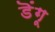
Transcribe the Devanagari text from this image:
डॆंगू